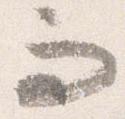
而